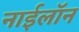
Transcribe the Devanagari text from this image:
नाईलॉन